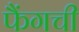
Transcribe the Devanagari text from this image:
फैंगची